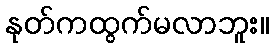
နုတ်ကထွက်မလာဘူး။